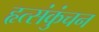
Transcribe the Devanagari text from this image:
हृत्संकुंचन